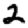
Digit: 2